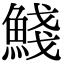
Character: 䱠